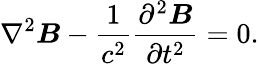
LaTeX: \nabla^{2}\boldsymbol{B}-\frac{1}{c^{2}}\frac{\partial^{2}\boldsymbol{B}}{\partial t^{2}}=0.